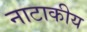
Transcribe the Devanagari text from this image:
नाटाकीय